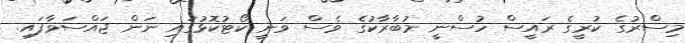
މިސްރުގެ ކުރީގެ ރައީސް ހުސްނީ މުބާރާކުގެ ވެސް ވަނީ ކޯޓުކޮޅުގައި ނަން ޖައްސަވާފައި.